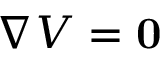
\nabla V = \mathbf { 0 }